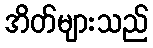
အိတ်များသည်